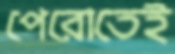
পেরোতেই